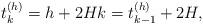
LaTeX: \begin{align*} t_{k}^{(h)} = h + 2H k = t_{k-1}^{(h)} + 2H ,\end{align*}